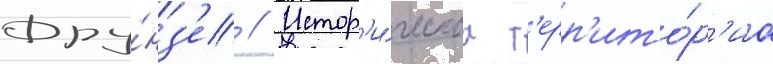
Фру́нз'е // Истор'и́ческаа т'ерр'ито́р'иа